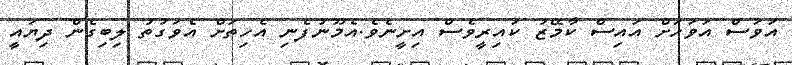
އަވަސް އަވަހަށް އައިސް ކާމޭޒު ކައިރީވެސް އިށީނެވެ.އެމޫނުފެނި އެހިތަށް އެވަގުތު ލިބިގެން ދިޔައީ